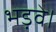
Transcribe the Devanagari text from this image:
भड़वे।